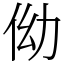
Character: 㑃